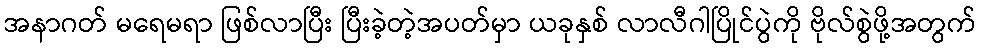
အနာဂတ် မရေမရာ ဖြစ်လာပြီး ပြီးခဲ့တဲ့အပတ်မှာ ယခုနှစ် လာလီဂါပြိုင်ပွဲကို ဗိုလ်စွဲဖို့အတွက်